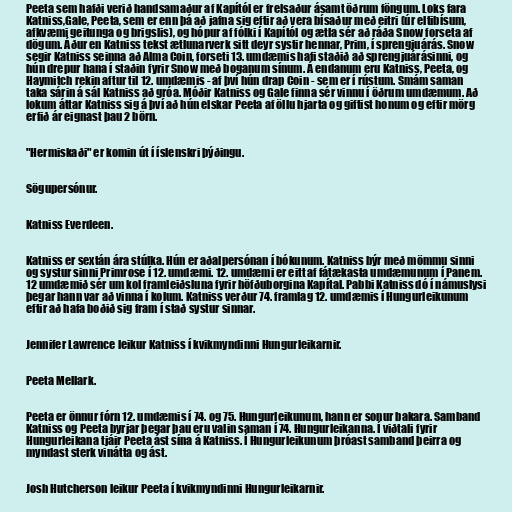
Peeta sem hafði verið handsamaður af Kapítól er frelsaður ásamt öðrum föngum. Loks fara
Katniss,Gale, Peeta, sem er enn þá að jafna sig eftir að vera bísaður með eitri (úr eltibísum,
afkvæmi geitunga og brigslis), og hópur af fólki í Kapítól og ætla sér að ráða Snow forseta af
dögum. Áður en Katniss tekst ætlunarverk sitt deyr systir hennar, Prim, í sprengjuárás. Snow
segir Katniss seinna að Alma Coin, forseti 13. umdæmis hafi staðið að sprengjuárásinni, og
hún drepur hana í staðin fyrir Snow með boganum sínum. Á endanum eru Katniss, Peeta, og
Haymitch rekin aftur til 12. umdæmis - af því hún drap Coin - sem er í rústum. Smám saman
taka sárin á sál Katniss að gróa. Móðir Katniss og Gale finna sér vinnu í öðrum umdæmum. Að
lokum áttar Katniss sig á því að hún elskar Peeta af öllu hjarta og giftist honum og eftir mörg
erfið ár eignast þau 2 börn.

"Hermiskaði" er komin út í íslenskri þýðingu.

Sögupersónur.

Katniss Everdeen.

Katniss er sextán ára stúlka. Hún er aðalpersónan í bókunum. Katniss býr með mömmu sinni
og systur sinni Primrose í 12. umdæmi. 12. umdæmi er eitt af fátækasta umdæmunum í Panem.
12 umdæmið sér um kol framleiðsluna fyrir höfðuborgina Kapítal. Pabbi Katniss dó í námuslysi
þegar hann var að vinna í kolum. Katniss verður 74. framlag 12. umdæmis í Hungurleikunum
eftir að hafa boðið sig fram í stað systur sinnar.

Jennifer Lawrence leikur Katniss í kvikmyndinni Hungurleikarnir.

Peeta Mellark.

Peeta er önnur fórn 12. umdæmis í 74. og 75. Hungurleikunum, hann er sonur bakara. Samband
Katniss og Peeta byrjar þegar þau eru valin saman í 74. Hungurleikanna. Í viðtali fyrir
Hungurleikana tjáir Peeta ást sína á Katniss. Í Hungurleikunum þróast samband þeirra og
myndast sterk vinátta og ást.

Josh Hutcherson leikur Peeta í kvikmyndinni Hungurleikarnir.